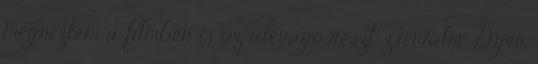
megnéztem a filmben is az idevágó részt, zseniális. Dyer